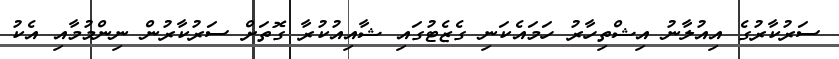
ސަރުކާރުގެ އިއުލާނު އިޝްތިހާރު ހަމައެކަނި ގެޒެޓުގައި ޝާއިއުކުރާ ގޮތަށް ސަރުކާރުން ނިންމުމާއި އެކު